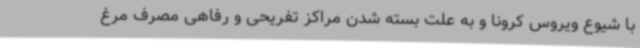
با شیوع ویروس کرونا و به علت بسته شدن مراکز تفریحی و رفاهی مصرف مرغ